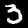
Digit: 3